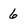
Character: 6